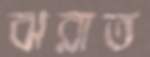
ঝরাত